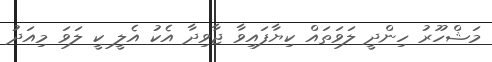
މަޝްހޫރު ހިންދީ ލަވަތައް ކިޔާފައިވާ ޖާވިދާ އެކު އެލީ ކީ ލަވަ މިއަދު